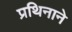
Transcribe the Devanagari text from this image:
प्रथिनाने